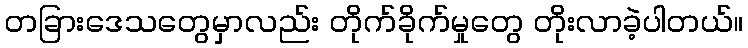
တခြားဒေသတွေမှာလည်း တိုက်ခိုက်မှုတွေ တိုးလာခဲ့ပါတယ်။